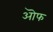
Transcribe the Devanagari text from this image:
ऒफ